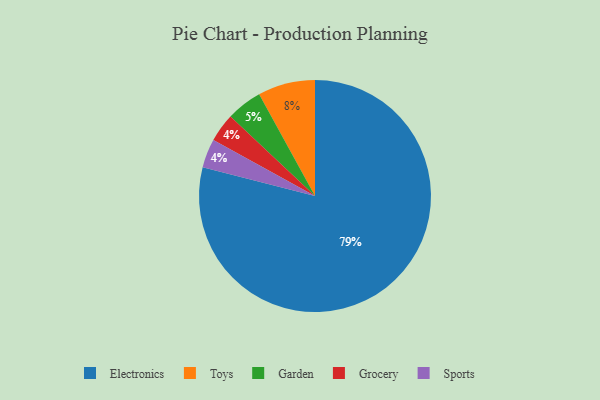
{"axis": {"x": "Category", "y": "Percentage"}, "legend": ["Electronics", "Garden", "Grocery", "Sports", "Toys"], "data": [{"x": "Electronics", "y": 79, "type": "Electronics"}, {"x": "Garden", "y": 5, "type": "Garden"}, {"x": "Toys", "y": 8, "type": "Toys"}, {"x": "Grocery", "y": 4, "type": "Grocery"}, {"x": "Sports", "y": 4, "type": "Sports"}]}